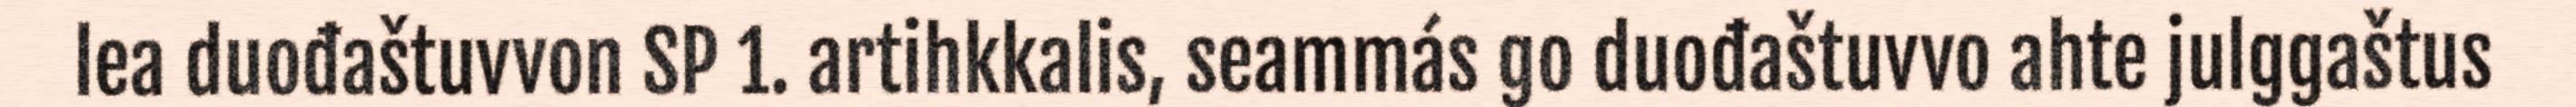
lea duođaštuvvon SP 1. artihkkalis, seammás go duođaštuvvo ahte julggaštus